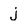
Character: j